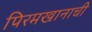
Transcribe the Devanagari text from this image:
पिरमखानाची